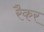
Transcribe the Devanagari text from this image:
रैकर